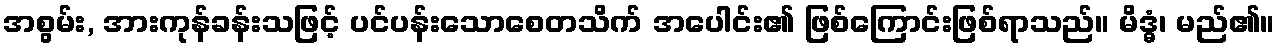
အစွမ်း, အားကုန်ခန်းသဖြင့် ပင်ပန်းသောစေတသိက် အပေါင်း၏ ဖြစ်ကြောင်းဖြစ်ရာသည်။ မိဒ္ဓံ၊ မည်၏။